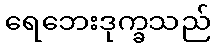
ရေဘေးဒုက္ခသည်